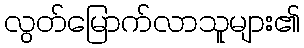
လွတ်မြောက်လာသူများ၏